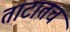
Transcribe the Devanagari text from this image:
ताटातच